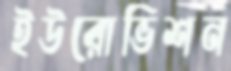
ইউরোভিশন